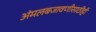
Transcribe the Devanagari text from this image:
अंमलबजावणीसाठीही